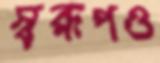
স্বরূপও